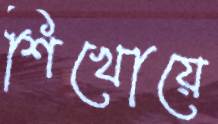
শিখোয়ে